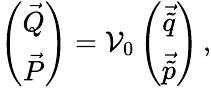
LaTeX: \left(\begin{array}{c}{{\vec{Q}}}\\ {{\vec{P}}}\end{array}\right)={\cal V}_{0}\left(\begin{array}{c}{{\vec{\tilde{q}}}}\\ {{\vec{\tilde{p}}}}\end{array}\right)\, ,